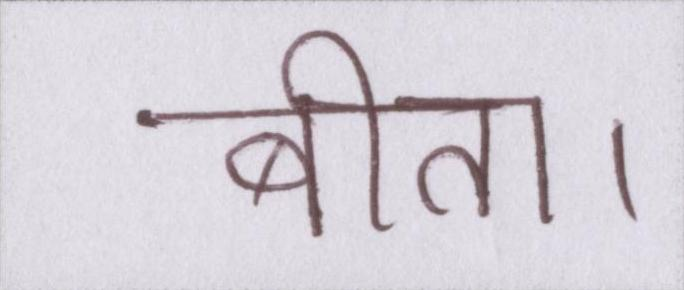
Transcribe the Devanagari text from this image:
बीता।